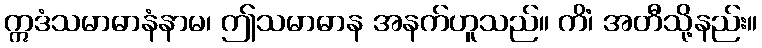
ဣဒံသမာဓာနံနာမ၊ ဤသမာဓာန အနက်ဟူသည်။ ကိံ၊ အတီသို့နည်း။